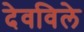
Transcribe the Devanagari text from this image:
देवविले